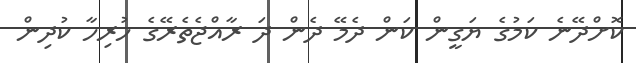
ކޮށްދޭނެ ކަމުގެ ޔަގީން ކަން ދެމޭ ދެން ދަ ރާއްޖެތެރޭގެ ހުރިހާ ކުދިން